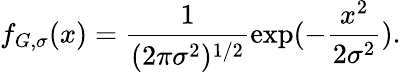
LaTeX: f_{G,\sigma}(x)=\frac{1}{(2\pi\sigma^{2})^{1/2}}\exp(-\frac{x^{2}}{2\sigma^{2}}).